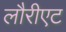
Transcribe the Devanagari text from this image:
लौरीएट